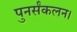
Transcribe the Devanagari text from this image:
पुनर्संकलन।